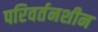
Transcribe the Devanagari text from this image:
परिवर्तनशीन